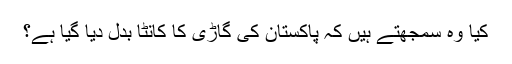
کیا وہ سمجھتے ہیں کہ پاکستان کی گاڑی کا کانٹا بدل دیا گیا ہے؟